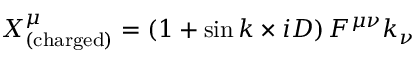
X _ { \mathrm { ( c h a r g e d ) } } ^ { \mu } = \left( 1 + \sin { k \times i D } \right) F ^ { \mu \nu } k _ { \nu }